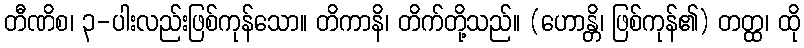
တီဏိစ၊ ၃-ပါးလည်းဖြစ်ကုန်သော။ တိကာနိ၊ တိက်တို့သည်။ (ဟောန္တိ၊ ဖြစ်ကုန်၏) တတ္ထ၊ ထို